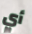
أي